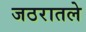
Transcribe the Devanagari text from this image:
जठरातले